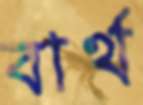
বার্থ